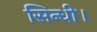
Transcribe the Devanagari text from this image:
सिन्धी।